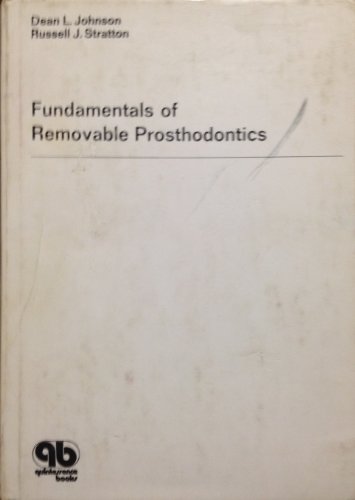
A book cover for Fundamentals of Removable Prosthodontics; Dean L. Johnson; Medical Books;